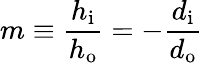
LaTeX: m\equiv{\frac{h_{\mathrm{i}}}{h_{\mathrm{o}}}}=-{\frac{d_{\mathrm{i}}}{d_{\mathrm{o}}}}